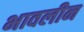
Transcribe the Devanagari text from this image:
भावलीन